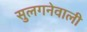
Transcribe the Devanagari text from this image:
सुलगनेवाली